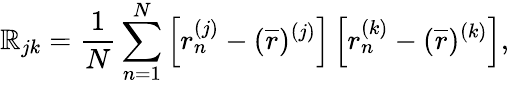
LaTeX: \mathbb{R}_{jk}=\frac{{1}}{{N}}\sum_{n=1}^{N}\left[r_{n}^{(j)}-(\overline{{{r}}})^{(j)}\right]\left[r_{n}^{(k)}-(\overline{{{r}}})^{(k)}\right],